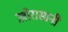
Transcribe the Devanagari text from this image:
ख़ोरासानी